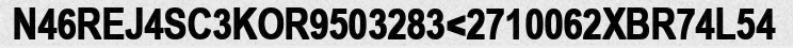
N46REJ4SC3KOR9503283<2710062XBR74L54